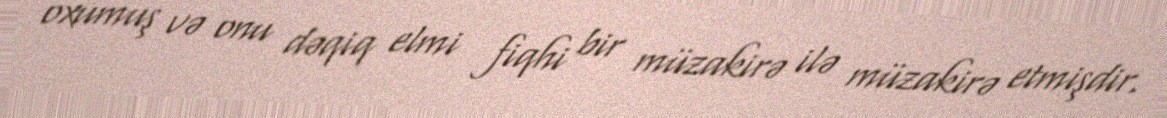
oxumuş və onu dəqiq elmi fiqhi bir müzakirə ilə müzakirə etmişdir.